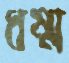
ধম্ম